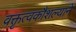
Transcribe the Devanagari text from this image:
वक्तृत्वकौशल्याने